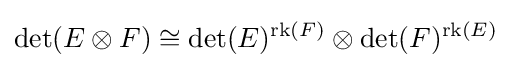
\det(E\otimes F)\cong \det(E)^{\operatorname {rk} (F)}\otimes \det(F)^{\operatorname {rk} (E)}